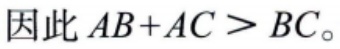
因此 \(AB + AC > BC\)。